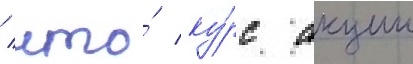
/ что́ ку́рс акции